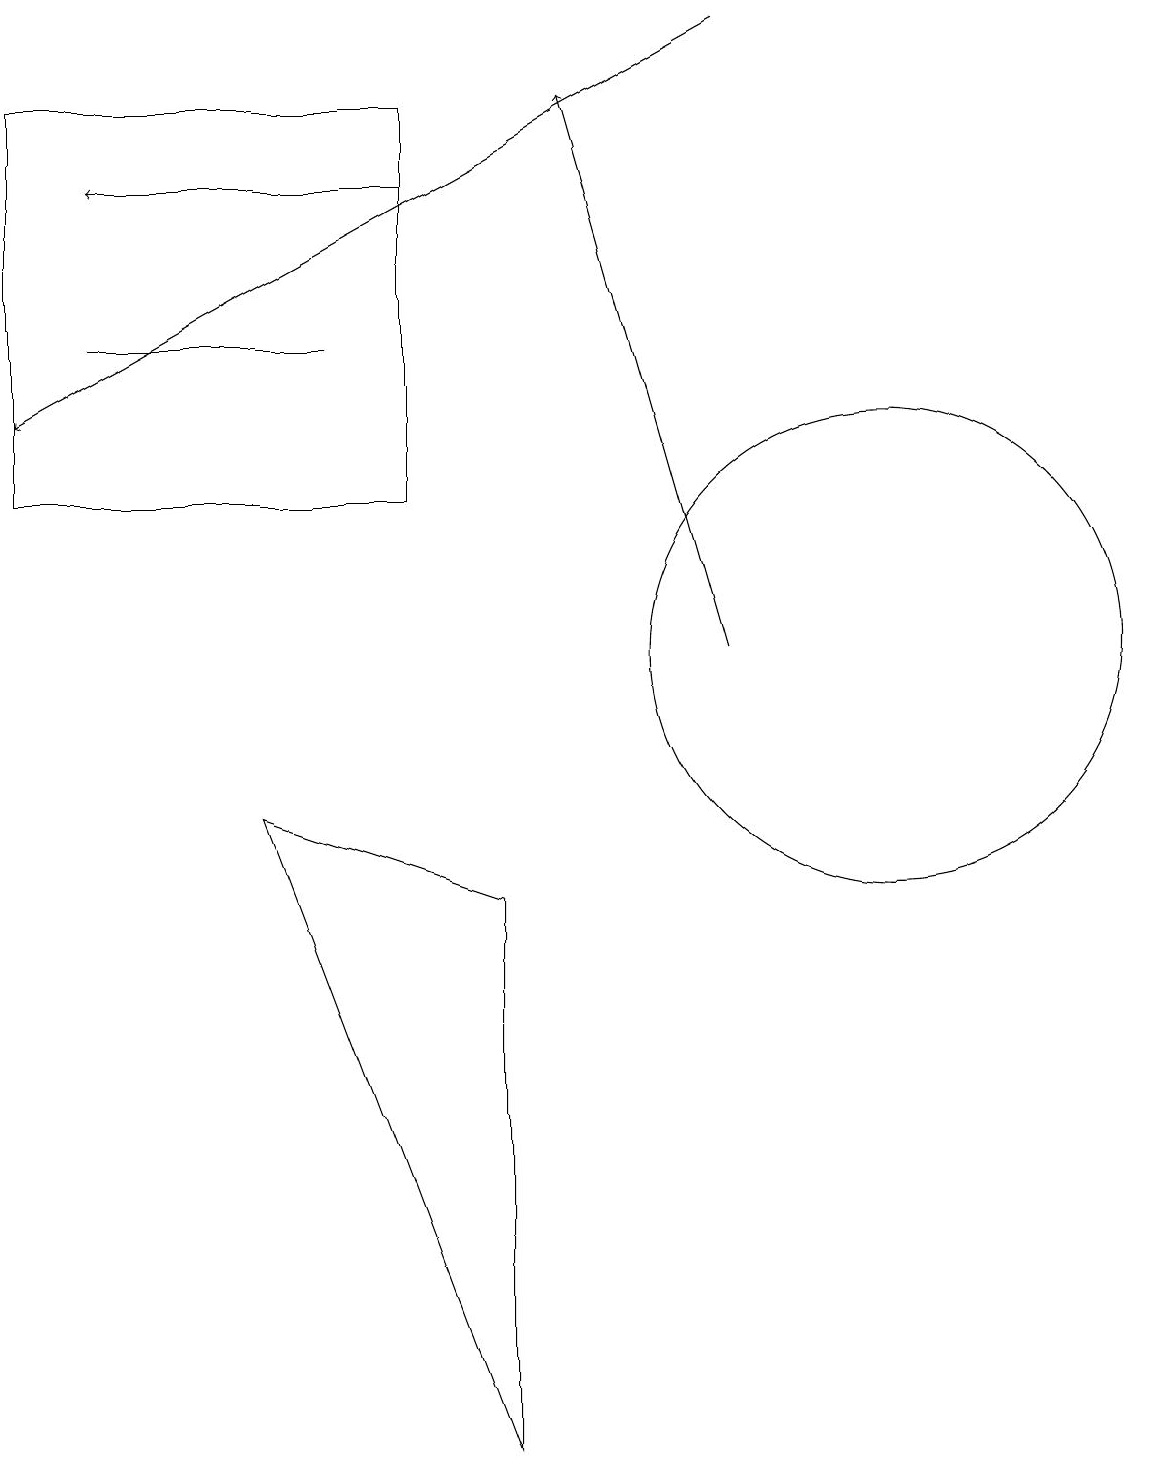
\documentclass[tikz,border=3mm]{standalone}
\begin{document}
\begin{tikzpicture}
\draw (11,10) circle (3);
\draw[->] (9,10) -- (7,17);
\draw (6,0) -- (6,7) -- (3,8) -- cycle;
\draw[->] (9,18) -- (0,13);
\draw (1,14) rectangle (4,14);
\draw[->] (5,16) -- (1,16);
\draw (0,17) rectangle (5,12);
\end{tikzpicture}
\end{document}